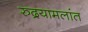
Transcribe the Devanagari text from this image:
रुद्रयामलांत